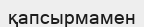
қапсырмамен